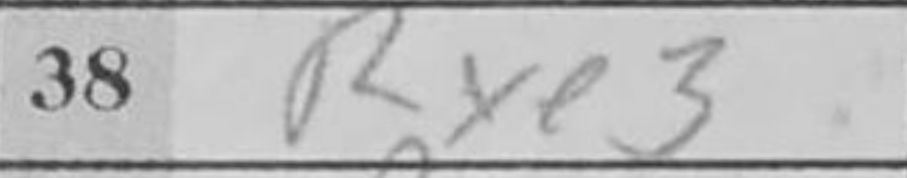
Transcription: Rxe3